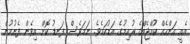
އެއީ އަންހެއް ކުއްޖެއްގެ ރުއިމުގެ އަޑުކަމެވެ. ނަމަވެސް ފަނޑު ކޮށް އިވެން ފެށުމުން